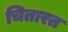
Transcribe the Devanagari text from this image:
चितारत